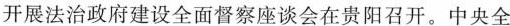
开展法治政府建设全面督察座谈会在贵阳召开。中央全